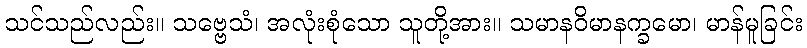
သင်သည်လည်း။ သဗ္ဗေသံ၊ အလုံးစုံသော သူတို့အား။ သမာနဝိမာနက္ခမော၊ မာန်မူခြင်း